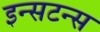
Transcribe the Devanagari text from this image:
इन्सटन्स